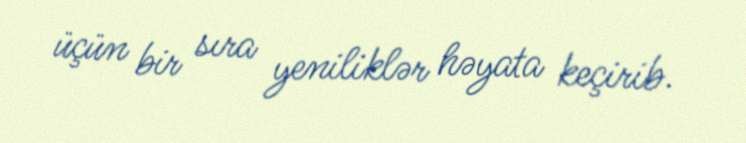
üçün bir sıra yeniliklər həyata keçirib.